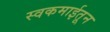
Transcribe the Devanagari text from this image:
स्वकमाईतून